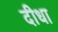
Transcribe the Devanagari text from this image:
दीधा